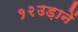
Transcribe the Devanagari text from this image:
१२उड़ानें